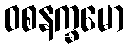
ဝစနက္ခမော